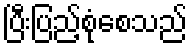
ပြီးပြည့်စုံစေသည်